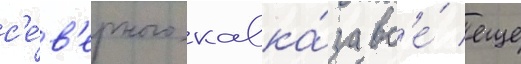
с'е́в'ерного кавка́за вс'е́ еще